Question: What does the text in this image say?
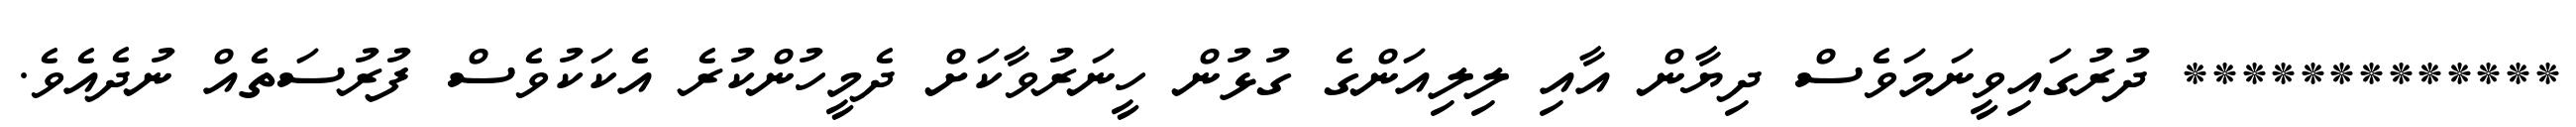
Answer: ************* ދުރުގައިވީނަމަވެސް ދިޔާން އާއި ލިލިއަންގެ ގުޅުން ހީނަރުވާކަށް ދެމީހުންކުރެ އެކަކުވެސް ފުރުސަތެއް ނުދެއެވެ.